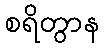
စရိတွာန